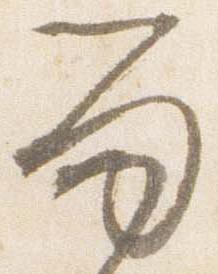
留